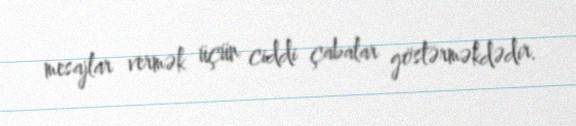
mesajlar vermək üçün ciddi çabalar göstərməkdədir.